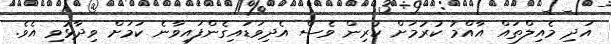
އަދި މެއިލްތައް އާއްމު ކުރުމަށް ކުރިން ވެސް އެދިވަޑައިގެންފައިވާނެ ކަމަށް ވިދާޅުވި އެވެ.